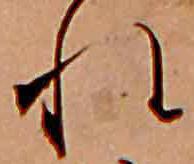
れ